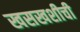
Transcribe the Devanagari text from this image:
खसखशीची